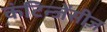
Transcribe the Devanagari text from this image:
कंटिन्जेंसीज़